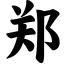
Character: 郑